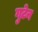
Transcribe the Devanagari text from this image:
गुटेन